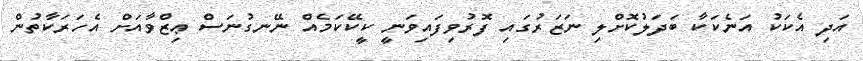
އަދި އެކަކު އަނެކަކާ ބަދަލުކޮށްލި ނަޒަރުގައި ފޮރުވިފައިވަނީ ކީކޭކަމެއް ނޭނގުނަސް ޢިޒްވާއަށް އެހަރަކާތުން